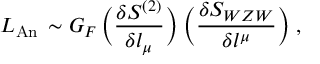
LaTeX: { \cal { L } } _ { \mathrm { A n } } \, \sim G _ { F } \, \biggl ( \frac { \delta S ^ { ( 2 ) } } { \delta l _ { \mu } } \biggr ) \; \biggl ( \frac { \delta S _ { W Z W } } { \delta l ^ { \mu } } \biggr ) \; ,